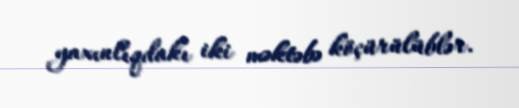
yaxınlıqdakı iki məktəbə köçürülüblər.